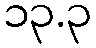
၁၃.၃